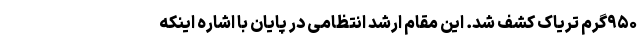
۹۵۰گرم تریاک کشف شد. این مقام ارشد انتظامی در پایان با اشاره اینکه